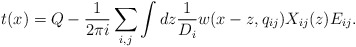
\begin{align*}t(x)=Q-\frac{1}{2\pi i}\sum_{i, j}\int dz \frac{1}{D_i}w(x-z,q_{ij})X_{ij}(z) E_{ij}.\end{align*}